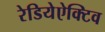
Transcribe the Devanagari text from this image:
रेडियेऐक्टिव